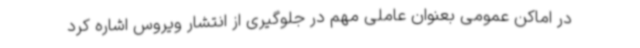
در اماکن عمومی بعنوان عاملی مهم در جلوگیری از انتشار ویروس اشاره کرد